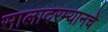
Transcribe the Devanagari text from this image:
सालादरम्यानचे